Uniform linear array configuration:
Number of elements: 8
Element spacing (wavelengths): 1
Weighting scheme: cosine
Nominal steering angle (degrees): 60
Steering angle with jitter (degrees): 61.543
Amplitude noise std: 0.05
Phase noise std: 0.05

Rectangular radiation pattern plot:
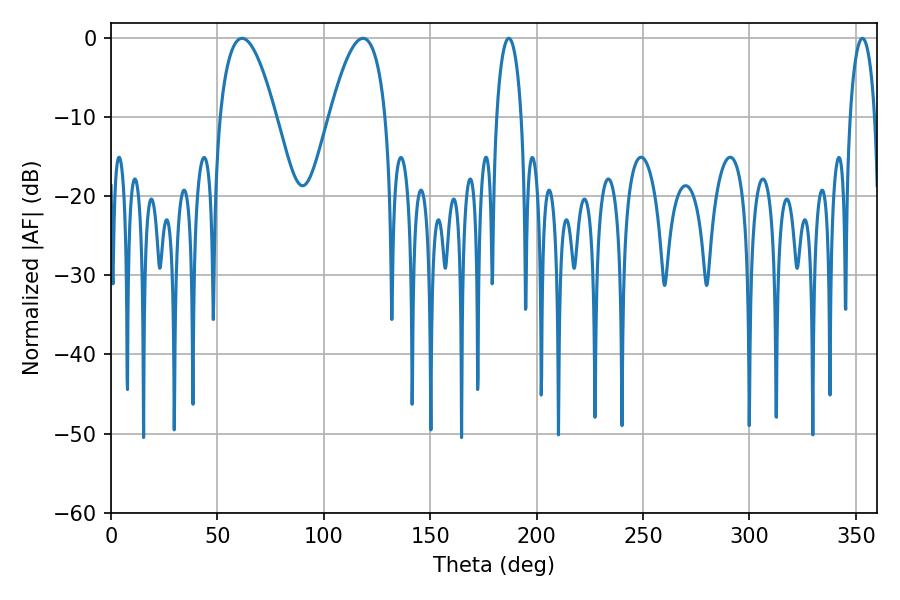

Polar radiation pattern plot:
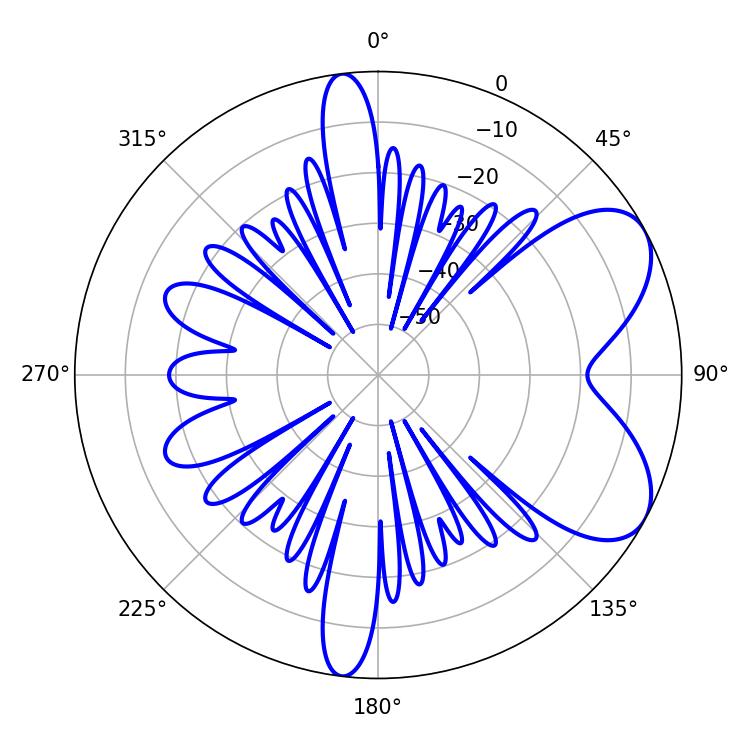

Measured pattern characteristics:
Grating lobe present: TRUE
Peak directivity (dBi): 6.54
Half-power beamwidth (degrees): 14.4
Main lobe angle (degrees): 61.56